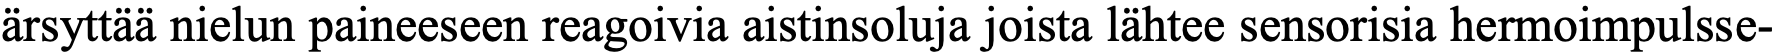
ärsyttää nielun paineeseen reagoivia aistinsoluja joista lähtee sensorisia hermoimpulsse-